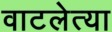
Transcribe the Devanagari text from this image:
वाटलेत्या